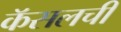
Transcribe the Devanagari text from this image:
कॅसलची